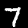
Digit: 7